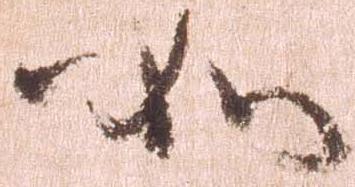
如